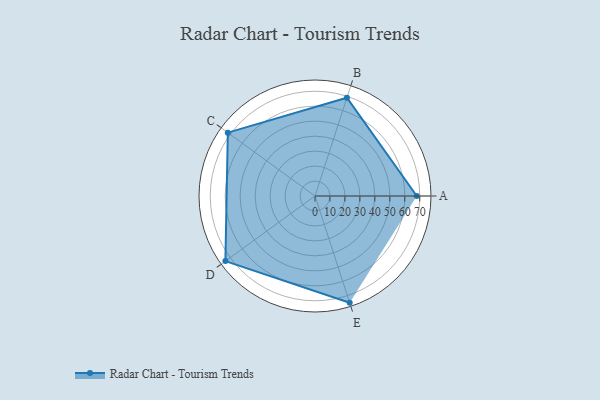
{"axis": {"x": "Skill", "y": "Score"}, "legend": ["Profile"], "data": [{"x": "A", "y": 68.0, "type": "Profile"}, {"x": "B", "y": 69.0, "type": "Profile"}, {"x": "C", "y": 72.0, "type": "Profile"}, {"x": "D", "y": 74.0, "type": "Profile"}, {"x": "E", "y": 75.0, "type": "Profile"}]}